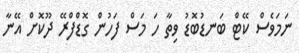
ނަމަވެސް ކޭޓް ބަނޑުބޮޑު ވިތާ ހަ މަސް ފަހުން ގޮޑްފްރޭ ދޫކޮށް އޭނާ